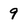
Character: 9